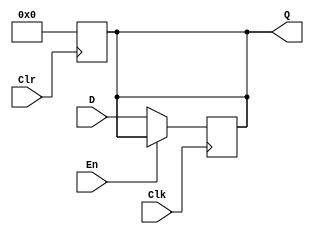
module register #(parameter WIDTH = 8)
(
    input [WIDTH-1:0] D, // input data to write to reg
    output reg [WIDTH-1:0] Q, // output data to read from reg
    input En, // enable
    input Clk, // clock
    input Clr // clear
);

// asynchronous reset
always @(posedge Clr)
begin
    Q <= 0;
end

// get the next input on the rising clock edge
always @(posedge Clk)
begin
    if(~En)
    begin
        Q <= D;
    end
end
endmodule